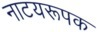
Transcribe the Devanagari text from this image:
नाटयरूपक